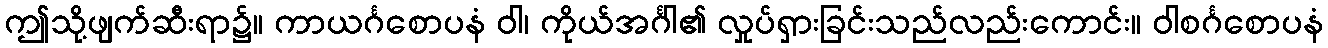
ဤသို့ဖျက်ဆီးရာ၌။ ကာယင်္ဂစောပနံ ဝါ၊ ကိုယ်အင်္ဂါ၏ လှုပ်ရှားခြင်းသည်လည်းကောင်း။ ဝါစင်္ဂစောပနံ